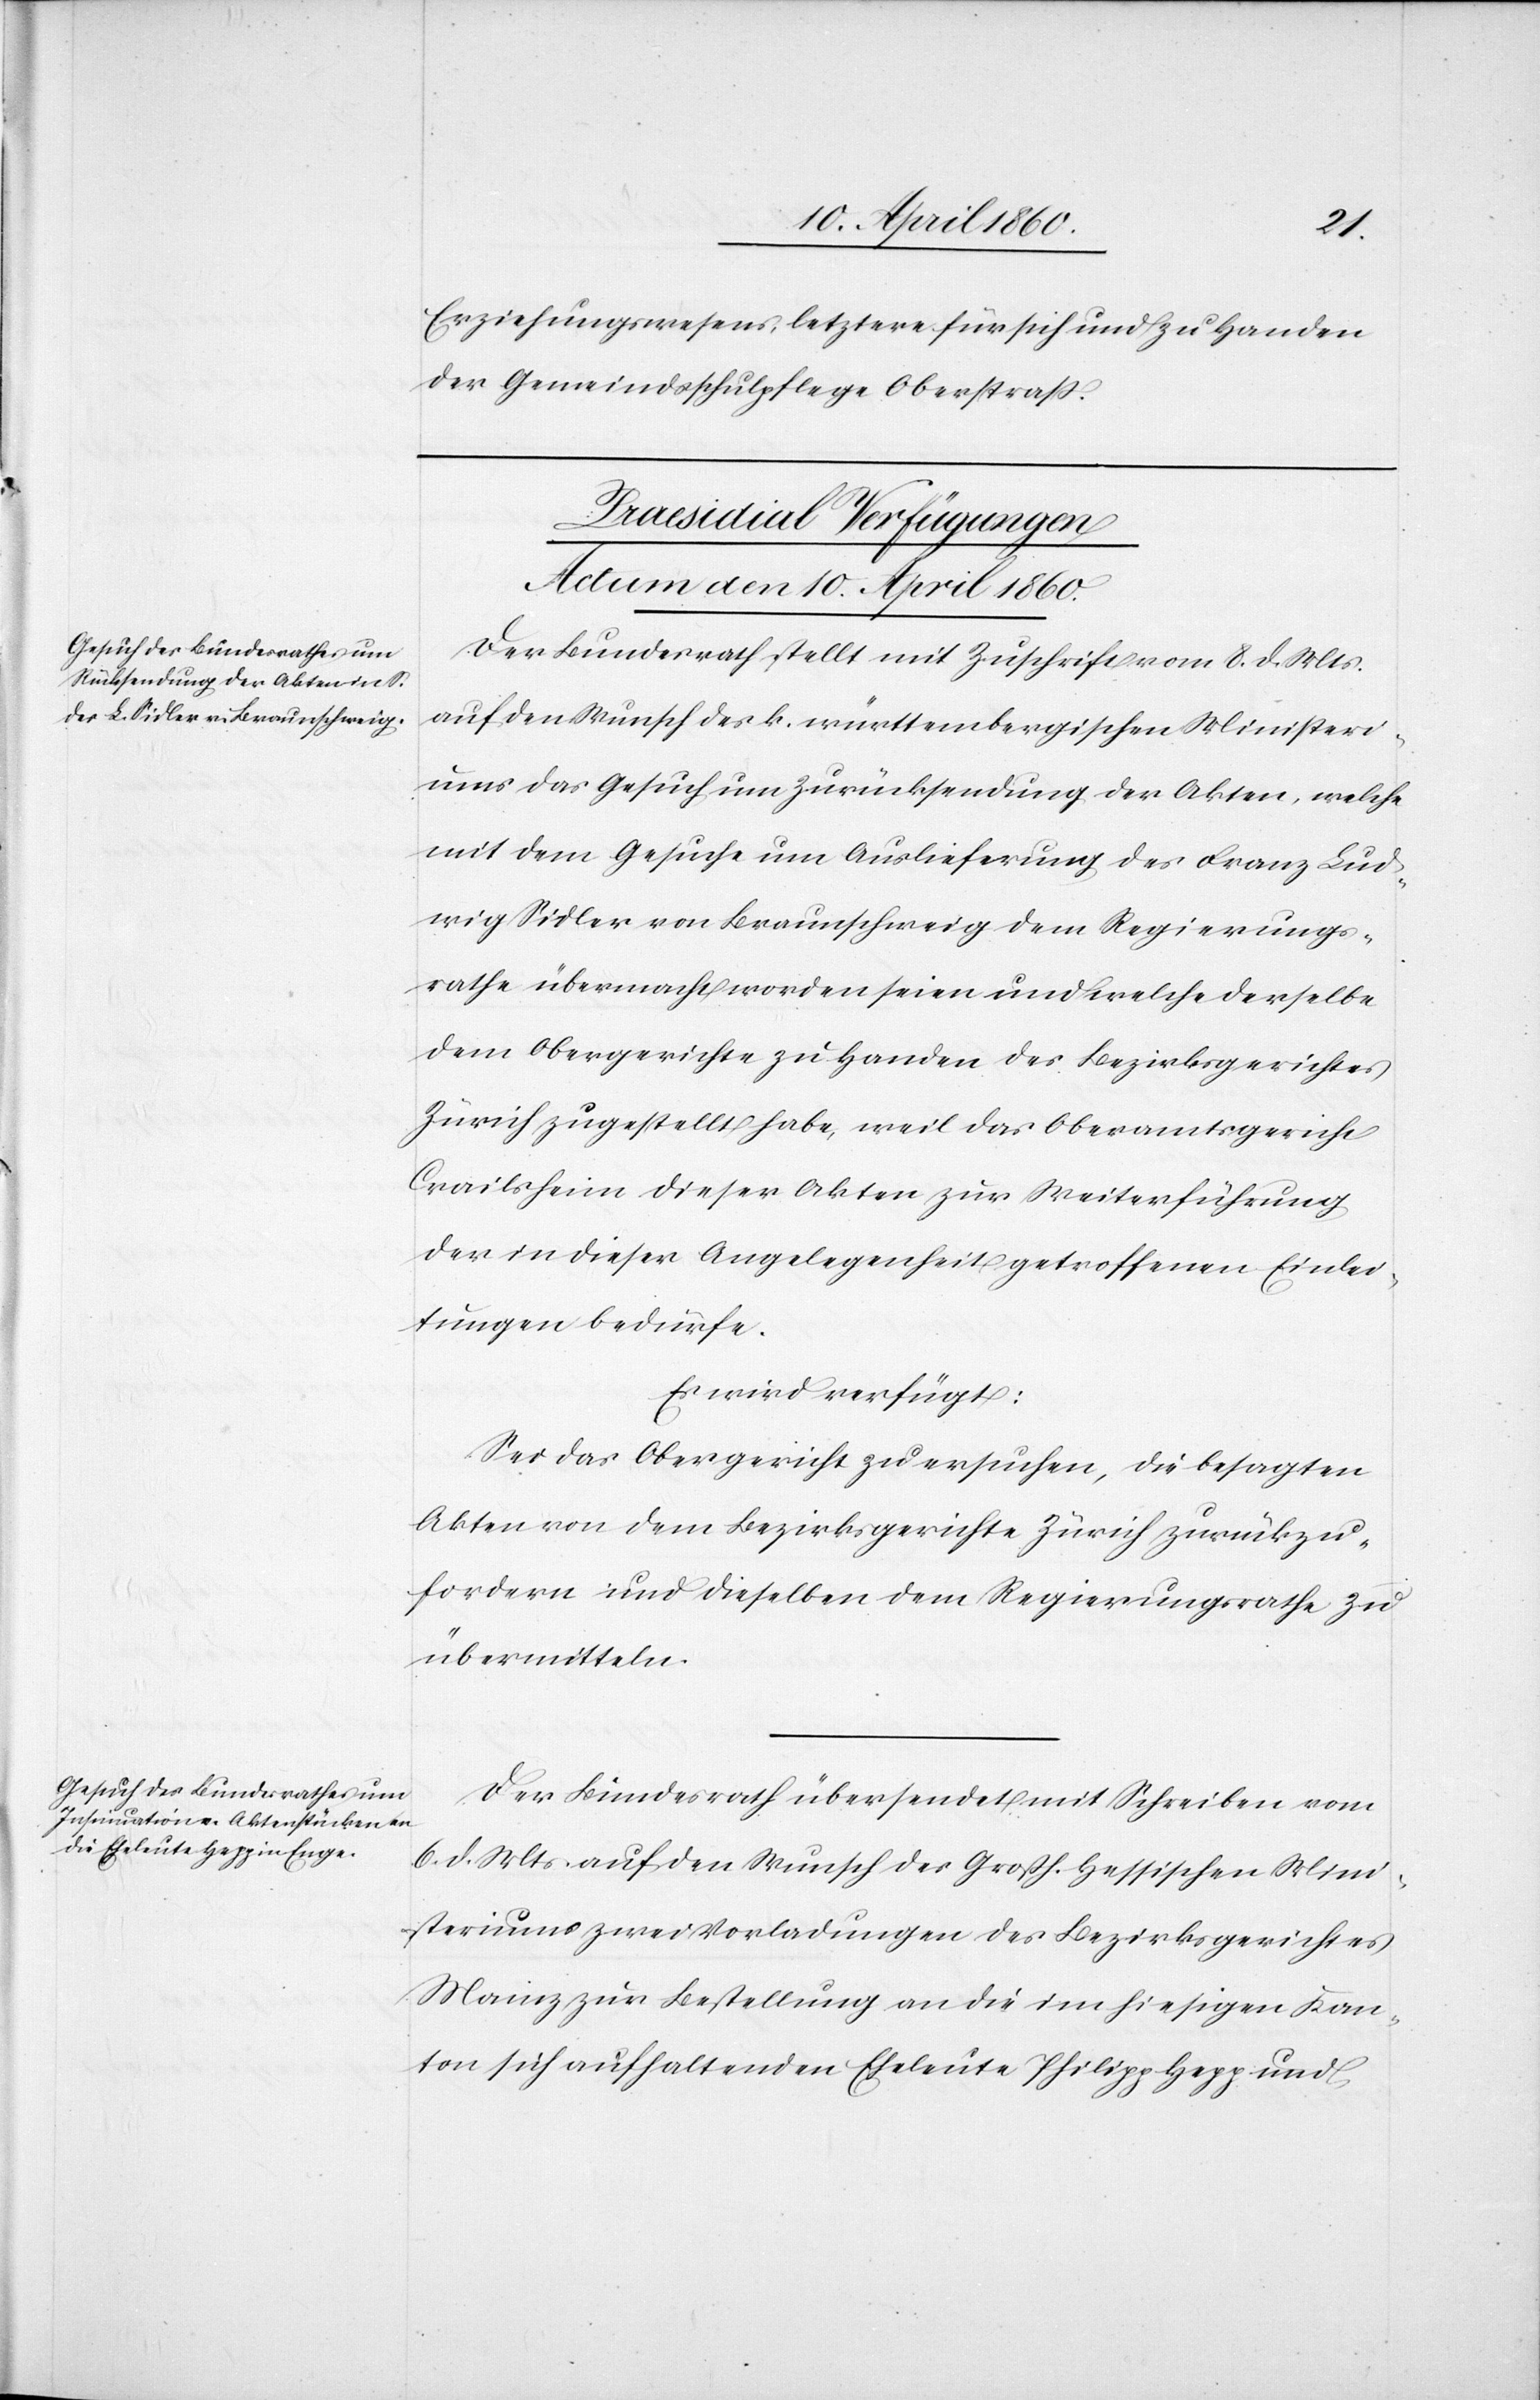
Erziehungswesens, letztere für sich und zu Handen
der Gemeindsschulpflege Oberstrass.
[PraesidialVerfügungen
Actum den 10. April 1860.]
Der Bundesrath stellt mit Zuschrift vom 8. d. Mts.
auf den Wunsch des k. württembergischen Ministeri¬
ums das Gesuch um Zurücksendung der Akten, welche
mit dem Gesuche um Auslieferung des Franz Lud¬
wig Sidler von Braunschweig dem Regierungs¬
rathe übermacht worden seien und welche derselbe
dem Obergerichte zu Handen des Bezirksgerichtes
Zürich zugestellt habe, weil das Oberamtsgericht
Crailsheim dieser Akten zur Weiterführung
der in dieser Angelegenheit getroffenen Einlei¬
tungen bedürfe.
Es wird verfügt:
Sei das Obergericht zu ersuchen, die besagten
Akten von dem Bezirksgerichte Zürich zurückzu¬
fordern und dieselben dem Regierungsrathe zu
übermitteln.
Der Bundesrath übersendet mit Schreiben vom
6. d. Mts. auf den Wunsch des Grossh. Hessischen Mini¬
steriums zwei Vorladungen des Bezirksgerichtes
Mainz zur Bestellung an die im hiesigen Kan¬
ton sich aufhaltenden Eheleute Philipp Hepp und